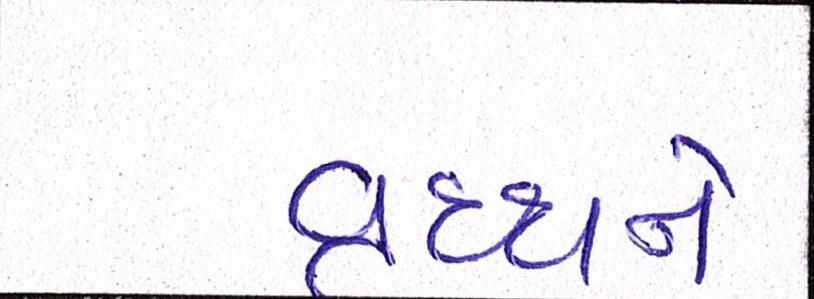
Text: વૃધ્ધને